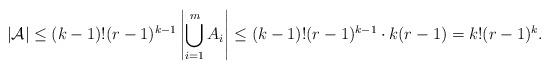
LaTeX: \begin{align*}|\mathcal{A}|\leq (k-1)!(r-1)^{k-1}\left|\bigcup_{i=1}^m A_i \right|\leq (k-1)!(r-1)^{k-1}\cdot k(r-1)=k!(r-1)^k.\end{align*}